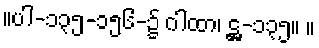
။ပါ-၁၃၅-၁၅၆-၌ ဂါထာ၊ ဋ္ဌ-၁၃၅။ ။